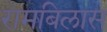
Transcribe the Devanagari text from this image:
रामबिलास